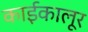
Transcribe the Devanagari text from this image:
काईकालूर